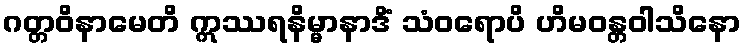
ဂတ္တဝိနာမေတိ ဣဿရနိမ္မာနာဒိံ သံဝရောပိ ဟိမဝန္တဝါသိနော